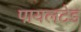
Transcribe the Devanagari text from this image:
पायलटेड